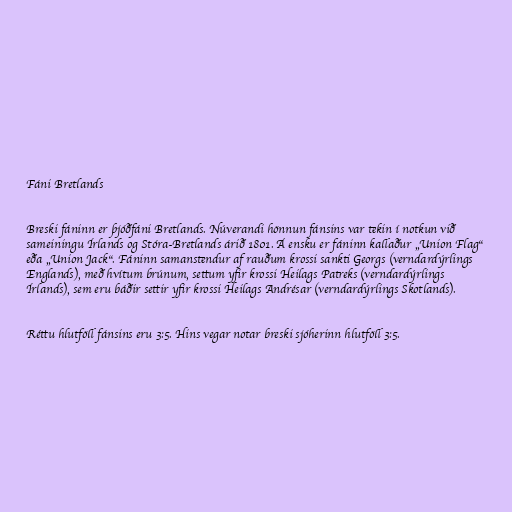
Fáni Bretlands

Breski fáninn er þjóðfáni Bretlands. Núverandi hönnun fánsins var tekin í notkun við
sameiningu Írlands og Stóra-Bretlands árið 1801. Á ensku er fáninn kallaður „Union Flag“
eða „Union Jack“. Fáninn samanstendur af rauðum krossi sankti Georgs (verndardýrlings
Englands), með hvítum brúnum, settum yfir krossi Heilags Patreks (verndardýrlings
Írlands), sem eru báðir settir yfir krossi Heilags Andrésar (verndardýrlings Skotlands).

Réttu hlutföll fánsins eru 3:5. Hins vegar notar breski sjóherinn hlutföll 3:5.